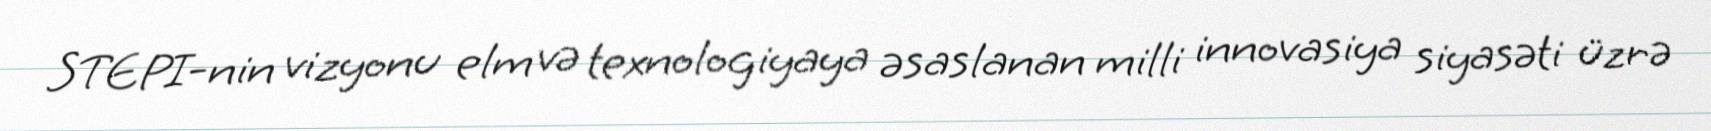
STEPI-nin vizyonu elm və texnologiyaya əsaslanan milli innovasiya siyasəti üzrə